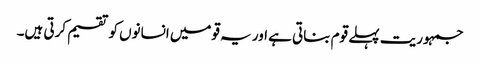
جمہوریت پہلے قوم بناتی ہے اور یہ قومیں انسانوں کو تقسیم کرتی ہیں۔